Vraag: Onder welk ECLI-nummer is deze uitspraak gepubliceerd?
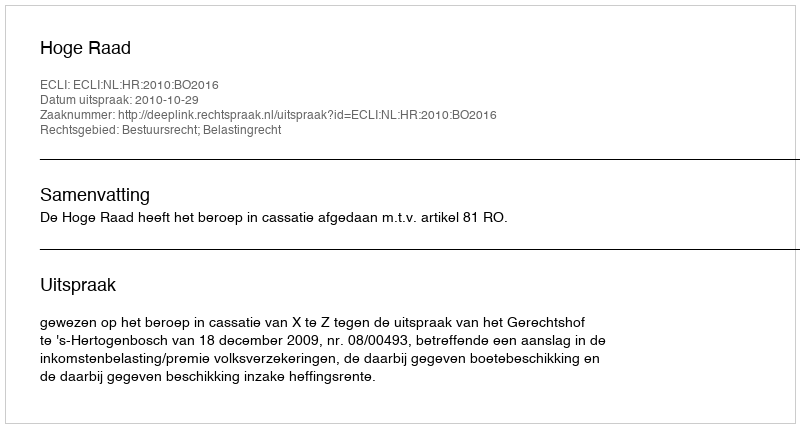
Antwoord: ECLI:NL:HR:2010:BO2016